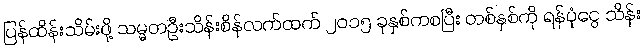
ပြန်ထိန်းသိမ်းဖို့ သမ္မတဦးသိန်းစိန်လက်ထက် ၂၀၁၅ ခုနှစ်ကစပြီး တစ်နှစ်ကို ရန်ပုံငွေ သိန်း